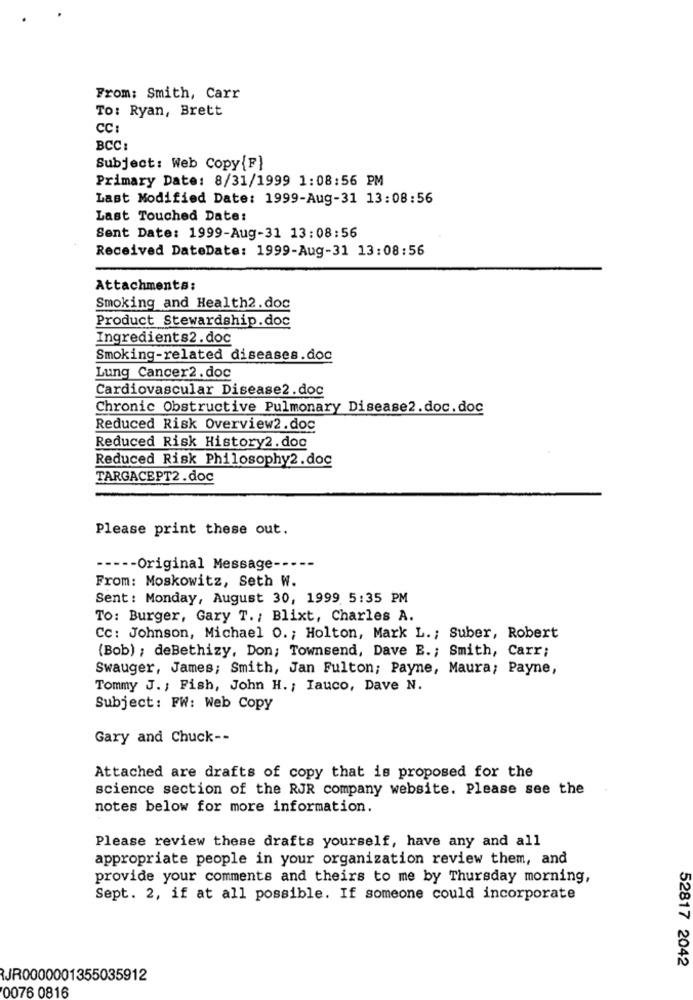
From: Smith, Carr
To: Ryan, Brett
CC:
BCC :
Subject: Web Copy {F}
Primary Date: 8/31/1999 1:08:56 PM
Last Modified Date: 1999-Aug-31 13:08:56
Last Touched Date:
Sent Date: 1999-Aug-31 13:08:56
Received DateDate: 1999-Aug-31 13:08:56
Attachments:
Smoking and Health2.doc
Product Stewardship.doc
Ingredients2. doc
Smoking-related diseases.doc
Lung Cancer2 . doc
Cardiovascular Disease2.doc
Chronic Obstructive Pulmonary Disease2.doc.doc
Reduced Risk Overview2.doc
Reduced Risk History2. doc
Reduced Risk Philosophy2.doc
TARGACEPT2.doc
Please print these out.
----- Original Message -----
From: Moskowitz, Seth W.
Sent: Monday, August 30, 1999 5:35 PM
To: Burger, Gary T. ; Blixt, Charles A.
Cc: Johnson, Michael O. ; Holton, Mark L .; Suber, Robert
(Bob) ; deBethizy, Don; Townsend, Dave E .; Smith, Carr;
Swauger, James; Smith, Jan Fulton; Payne, Maura; Payne,
Tommy J. , Fish, John H. ; Iauco, Dave N.
Subject: FW: Web Copy
Gary and Chuck --
Attached are drafts of copy that is proposed for the
science section of the RJR company website. Please see the
notes below for more information.
Please review these drafts yourself, have any and all
appropriate people in your organization review them, and
provide your comments and theirs to me by Thursday morning,
Sept. 2, if at all possible. If someone could incorporate
52817 2042
JR0000001355035912
0076 0816